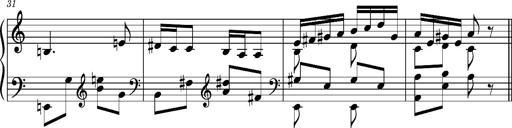
Title: Ungarischer Romanzero
Composer: Franz Liszt